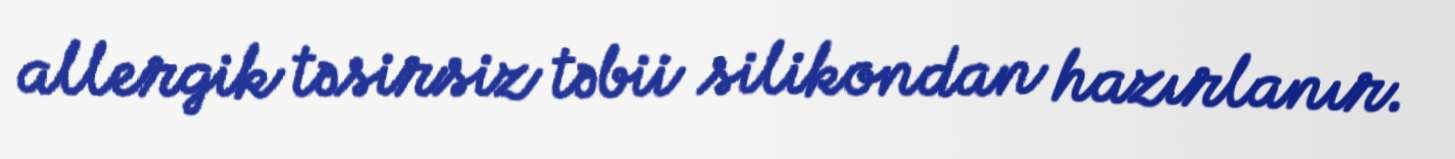
allergik təsirsiz təbii silikondan hazırlanır.